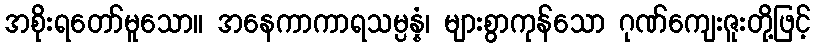
အစိုးရတော်မူသော။ အနေကာကာရသမ္ပန္နံ၊ များစွာကုန်သော ဂုဏ်ကျေးဇူးတို့ဖြင့်